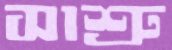
সাশ্রু